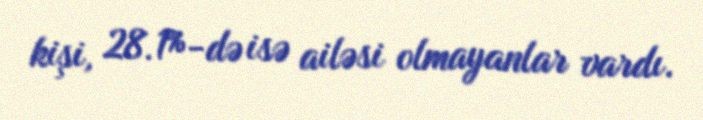
kişi, 28.1%-də isə ailəsi olmayanlar vardı.